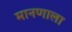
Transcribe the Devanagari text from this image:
मानणाला